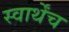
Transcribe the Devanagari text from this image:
स्वार्थेंच